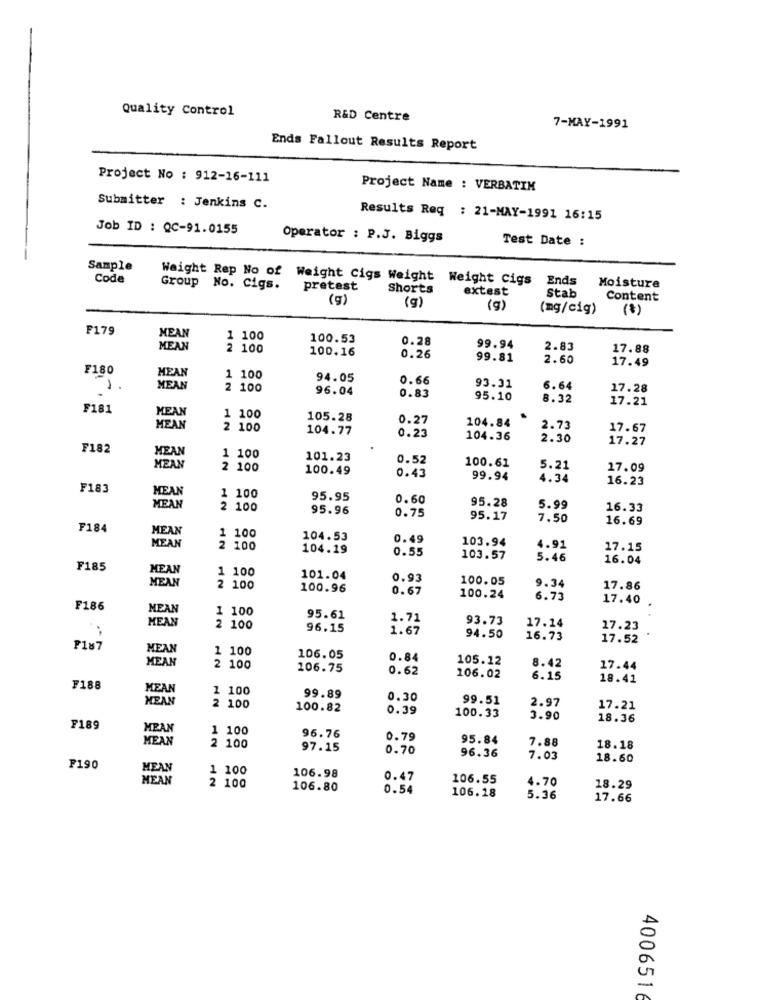
Quality Control
R&D Centre
7-MAY-1991
Ends Fallout Results Report
Project No : 912-16-111
Project Name : VERBATIM
Submitter : Jenkins C.
Results Req : 21-MAY-1991 16:15
Job ID : QC-91.0155
Operator : P.J. Biggs
Test Date :
Sample
Code
Weight Rep No of Weight Cigs Weight Weight Cigs
Ends
Group No. Cigs.
pretest
Shorts
extest
Moisture
(g)
(g)
Stab
Content
(g)
(mg/cig)
(*)
F179
MEAN
1 100
100.53
0.28
MEAN
2 100
100.16
99.94
2.83
17.88
0.26
99.81
2.60
17.49
F180
MEAN
1 100
94.05
0.66
MEAN
2 100
96.04
93.31
6.64
17.28
0.83
95.10
8.32
17.21
F181
MEAN
1 100
105.28
0.27
104.84
MEAN
2 100
104.77
2.73
17.67
0.23
104.36
2.30
17.27
F182
MEAN
1 100
101.23
0.52
100.61
MEAN
2 100
100.49
5.21
17.09
0.43
99.94
4.34
16.23
F183
MEAN
1 100
95.95
0.60
95.28
MEAN
2 100
95.96
0.75
5.99
16.33
95.17
7.50
16.69
F184
MEAN
MEAN
1 100
104.53
0.49
103.94
2 100
104.19
0.55
4.91
17.15
103.57
5.46
16.04
F185
MEAN
1 100
MEAN
101.04
0.93
100.05
2 100
100.96
0.67
9.34
17.86
100.24
6.73
17.40
F186
MEAN
1 100
MEAN
95.61
1.71
93.73
17.14
2 100
96.15
1.67
17.23
94.50
16.73
17.52
F187
MEAN
1 100
MEAN
106.05
0.84
105.12
2 100
106.75
0.62
8.42
17.44
106.02
6.15
18.41
F188
MEAN
1 100
MEAN
99.89
0.30
99.51
2.97
2 100
100.82
0.39
100.33
17.21
3.90
18.36
F189
MEAN
1 100
MEAN
2 100
96.76
0.79
95.84
7.88
97.15
0.70
18.18
96.36
7.03
18.60
F190
MEAN
1 100
MEAN
2 100
106.98
0.47
106.55
4.70
106.80
0.54
106.18
18.29
5.36
17.66
4006516